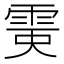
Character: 𩂲